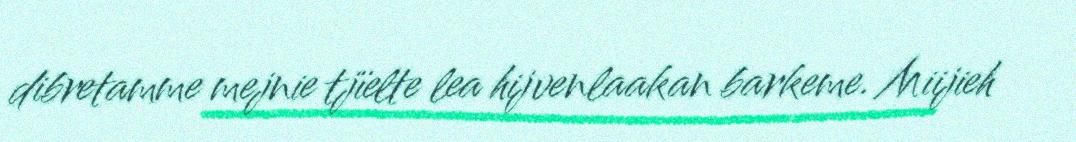
dibretamme mejnie tjïelte lea hijvenlaakan barkeme. Miijieh